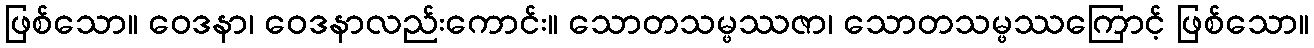
ဖြစ်သော။ ဝေဒနာ၊ ဝေဒနာလည်းကောင်း။ သောတသမ္ဖဿဇာ၊ သောတသမ္ဖဿကြောင့် ဖြစ်သော။